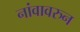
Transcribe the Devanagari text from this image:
नांवावरुन